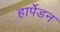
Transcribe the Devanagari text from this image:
हार्पेडन